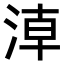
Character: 𣶃